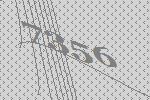
7356